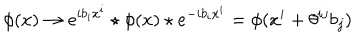
LaTeX: \phi ( x ) \rightarrow e ^ { i b _ { i } x ^ { i } } \star \phi ( x ) \star e ^ { - i b _ { i } x ^ { i } } = \phi ( x ^ { i } + \theta ^ { i j } b _ { j } )